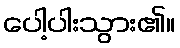
ပေါ့ပါးသွား၏။